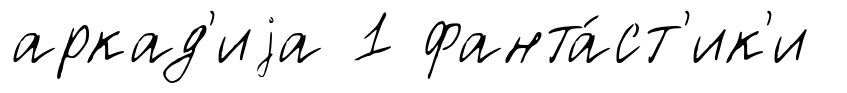
аркад'иjа 1 фанта́ст'ик'и